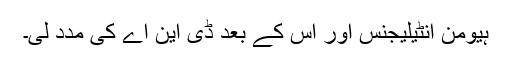
ہیومن انٹیلیجنس اور اس کے بعد ڈی این اے کی مدد لی۔